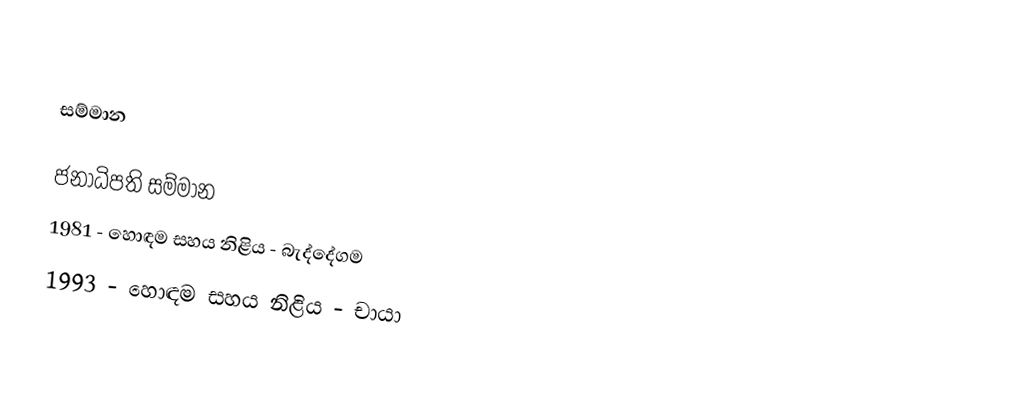

සම්මාන

ජනාධිපති සම්මාන
1981 - හොඳම සහය නිළිය - බැද්දේගම
1993 - හොඳම සහය නිළිය - චායා